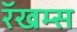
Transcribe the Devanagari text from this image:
रॅखम्स